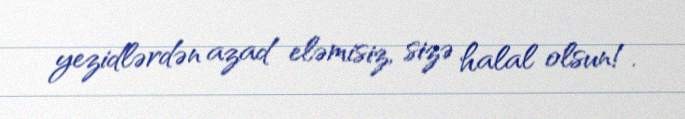
yezidlərdən azad eləmisiz, sizə halal olsun!.